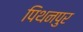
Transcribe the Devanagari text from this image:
पिथनपुर